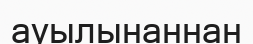
ауылынаннан